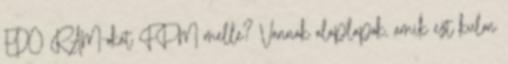
EDO RAM-okat FPM melle? Vannak alaplapok, amik ezt kulon